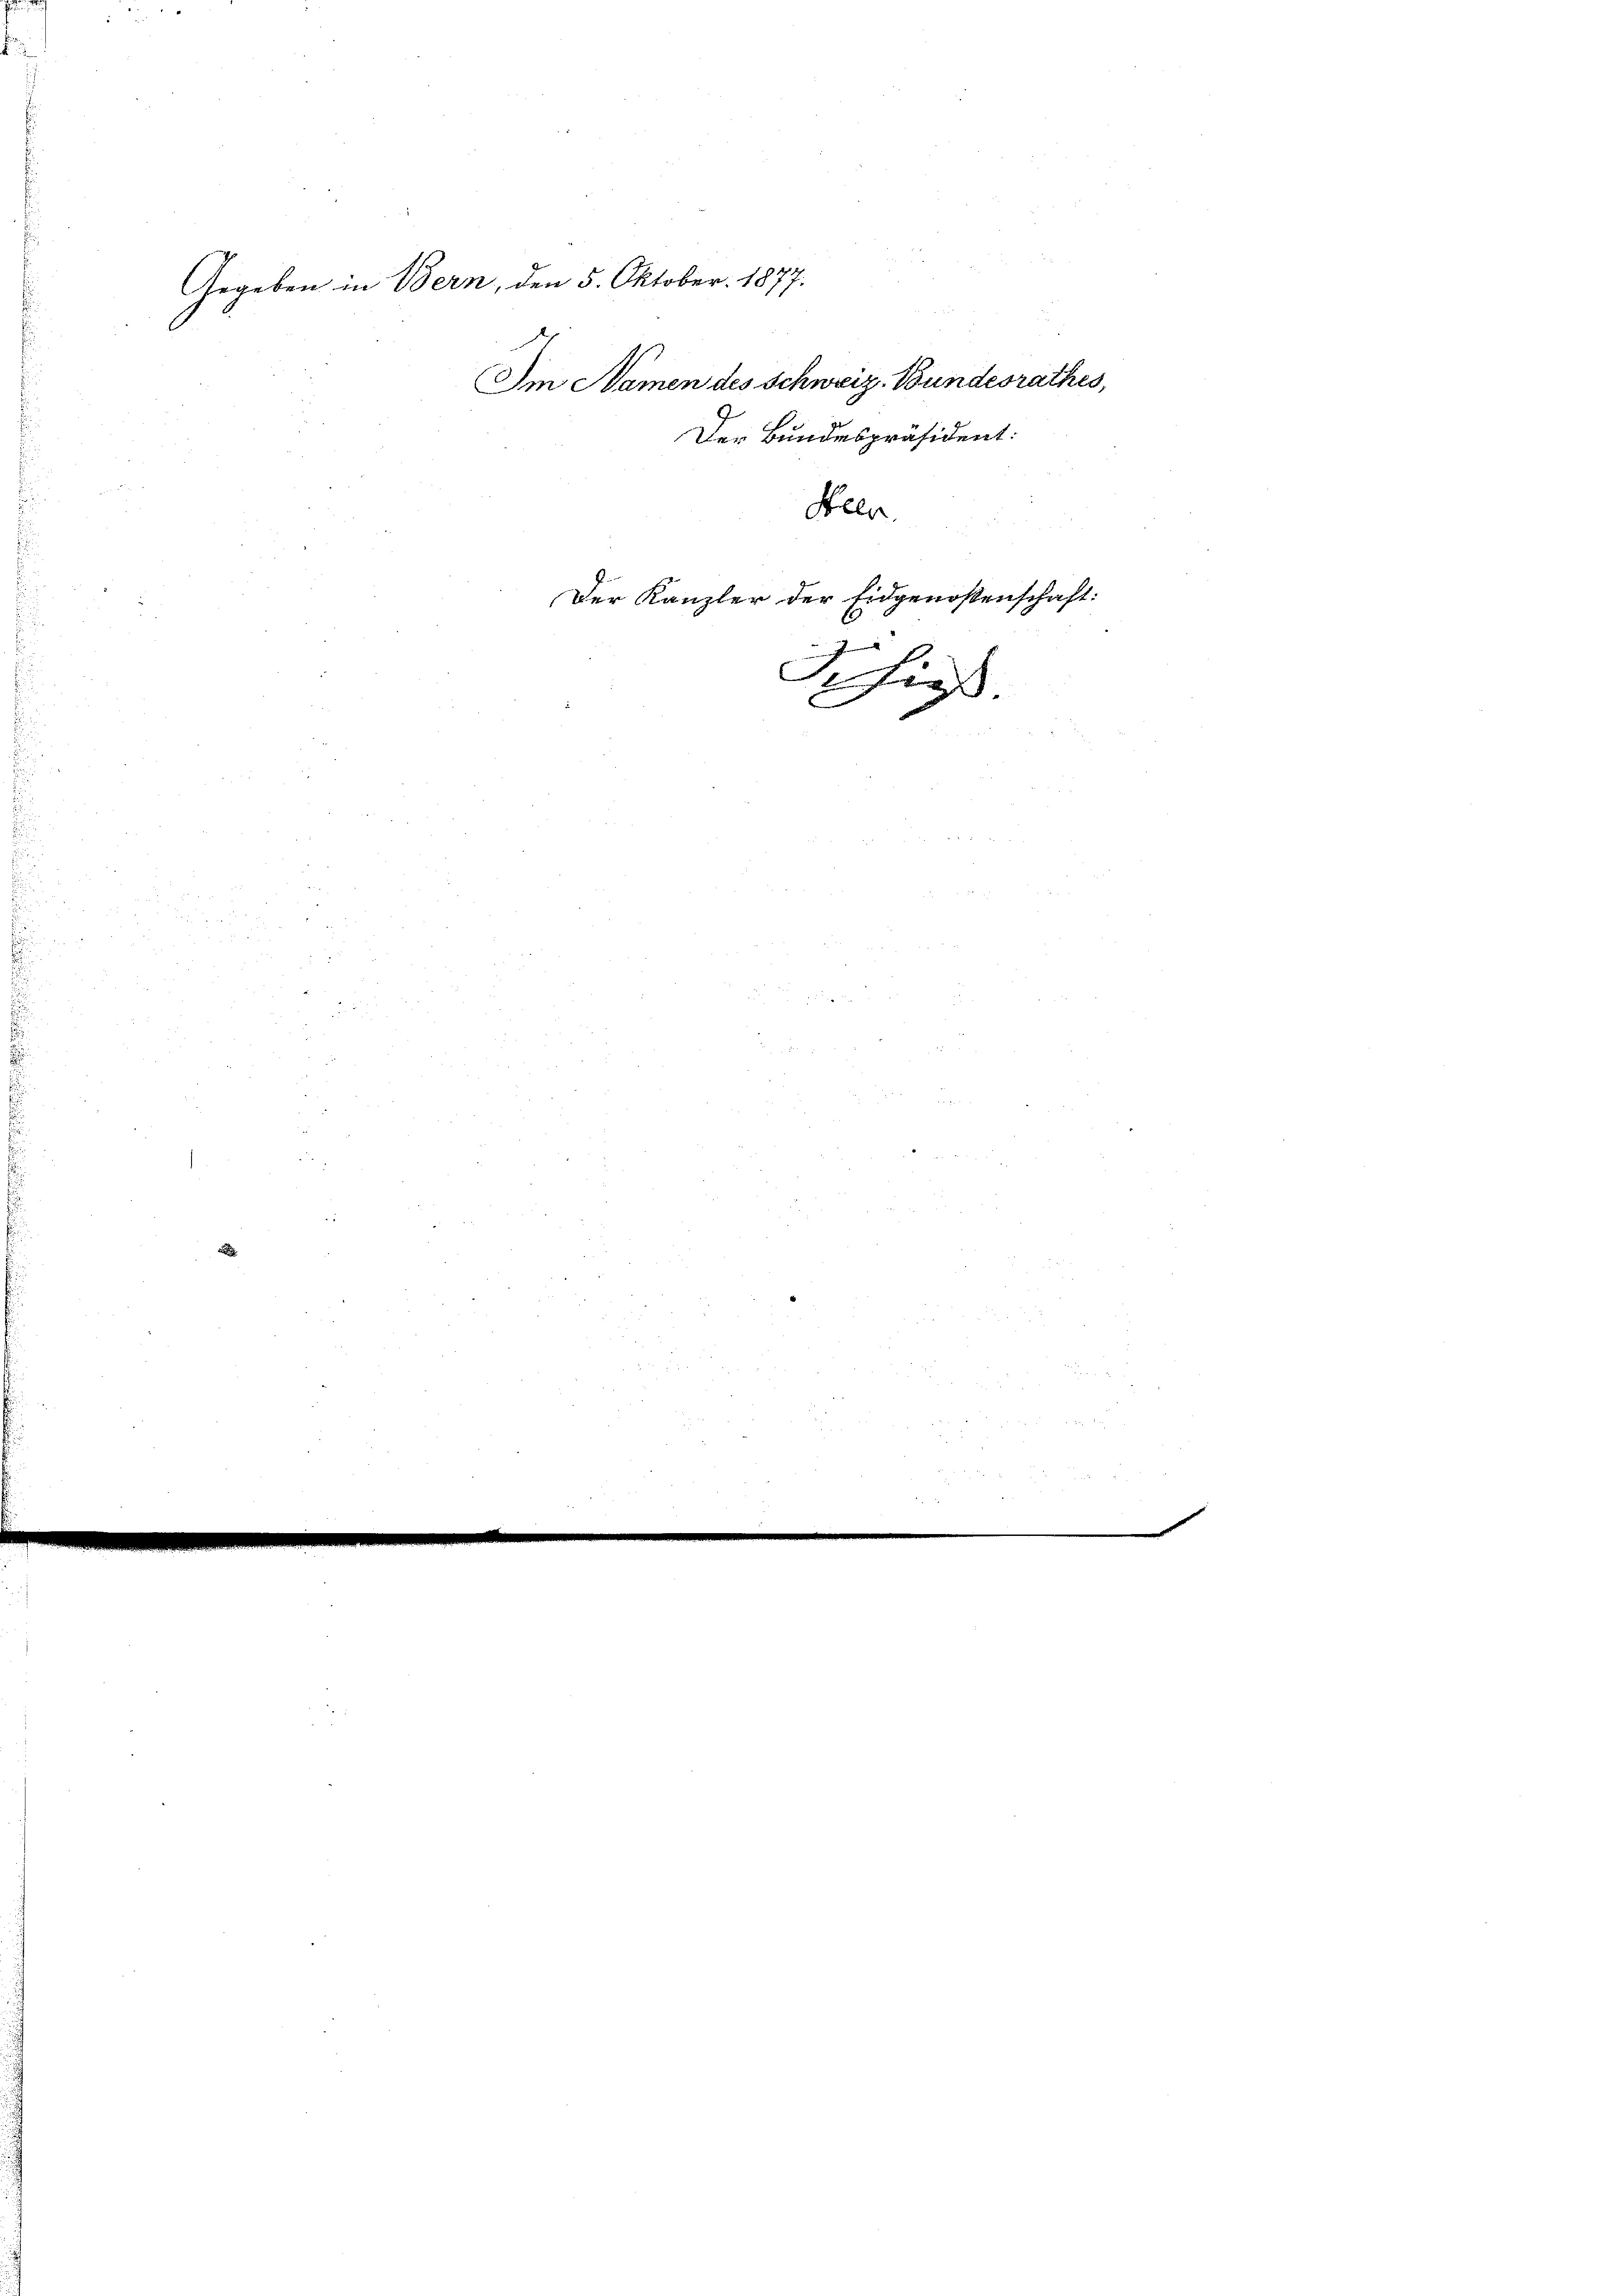
Gegeben in Bern, den 5. Oktober. 1877.
Der Kanzler der Eidgenossenschaft:
J
Schieß.

Im Namen des Schweiz. Bundesrathes,
Heer.

Der Bundespräsident: